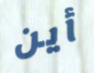
أين